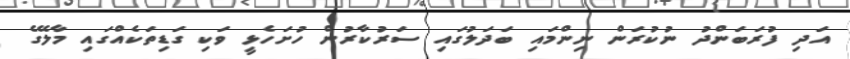
އަދި ފުރަބަންދު ނުކުރަން ނިންމައި ބަދަލުގައި ސަރުކާރުން ހުށަހެޅީ ވަކި ގަޑިތަކެއްގައި މާލޭގެ